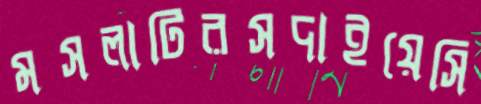
মসলাটিরসদাইয়েসি